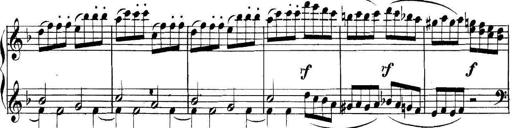
Title: Collected Piano Sonatas
Composer: Muzio Clementi